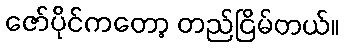
ဇော်ပိုင်ကတော့ တည်ငြိမ်တယ်။